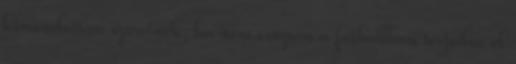
kimondottan szeretnék, ha nem csupán a futballban terjedne el